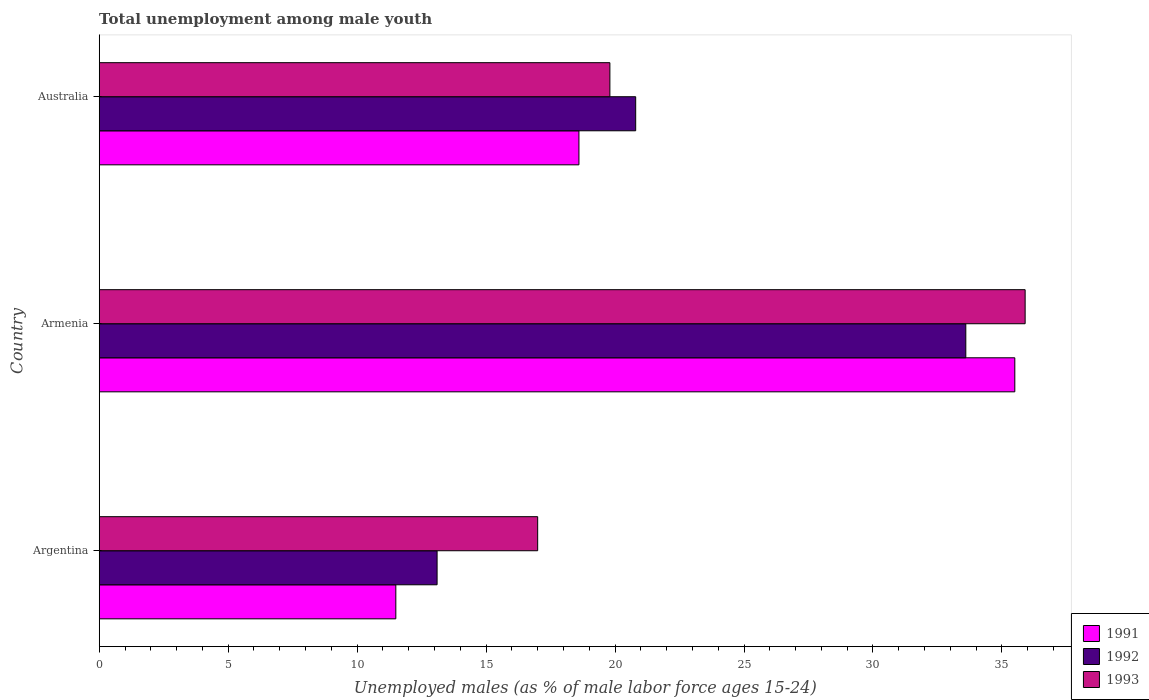
| Country | 1991 | 1992 | 1993 |
 | --- | --- | --- | --- |
 | Argentina | 11.5 | 13.1 | 17 |
 | Armenia | 35.5 | 33.6 | 35.9 |
 | Australia | 18.6 | 20.8 | 19.8 |